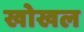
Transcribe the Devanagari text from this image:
खोखल